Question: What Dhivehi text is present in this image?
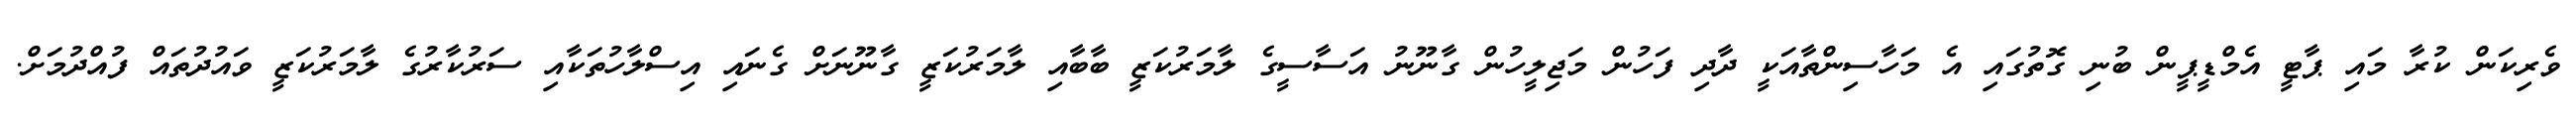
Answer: ވެރިކަން ކުރާ މައި ޕާޓީ އެމްޑީޕީން ބުނި ގޮތުގައި އެ މަހާސިންތާއަކީ ދާދި ފަހުން މަޖިލީހުން ގާނޫނު އަސާސީގެ ލާމަރުކަޒީ ބާބާއި ލާމަރުކަޒީ ގާނޫނަށް ގެނައި އިސްލާހުތަކާއި ސަރުކާރުގެ ލާމަރުކަޒީ ވައުދުތައް ފުއްދުމަށް.